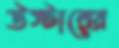
উস্টারের